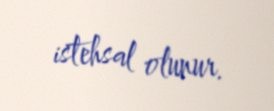
istehsal olunur.